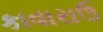
કાવારાઉ